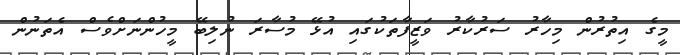
މީގެ އިތުރުން މިހާރު ސަރުކާރު ވަޒީފާތަކުގައި އުޅޭ މުސާރަ ނުލިބޭ މީހުންނަށްވެސް އެތަނުން